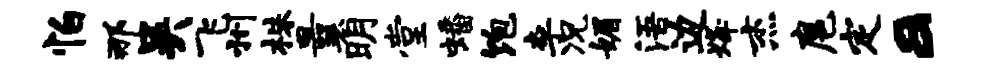
怕那吴飞州株曩明堂蟠饱李况媚浯边烽杰扈定a